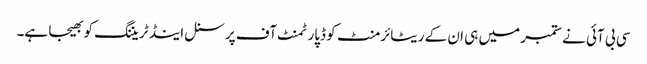
سی بی آئی نے ستمبر میں ہی ان کے ریٹائرمنٹ کو ڈپارٹمنٹ آف پرسنل اینڈ ٹریننگ کو بھیجا ہے۔